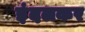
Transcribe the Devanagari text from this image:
इंदलकर